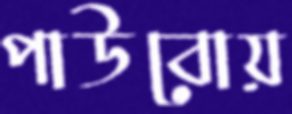
পাউবোয়